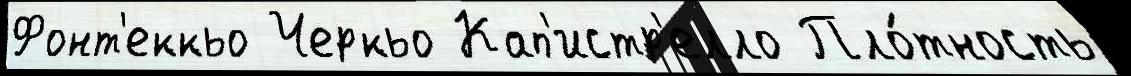
Фонт'еккьо Черкьо Кап'истр'елло Пло́тность